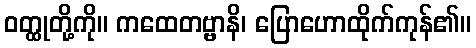
ဝတ္ထုတို့ကို။ ကထေတဗ္ဗာနိ၊ ပြောဟောထိုက်ကုန်၏။